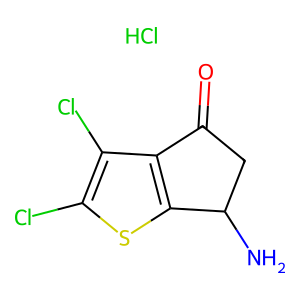
SMILES: Cl.NC1CC(=O)c2c1sc(Cl)c2Cl
Inhibits HIV replication: No